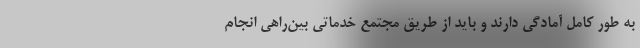
به طور کامل آمادگی دارند و باید از طریق مجتمع خدماتی بین‌راهی انجام